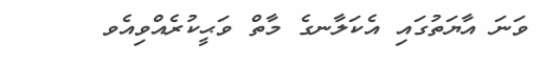
ވަނަ އާޔަތުގައި އެކަލާނގެ މާތް ވަޙީކުރެއްވިއެވ